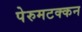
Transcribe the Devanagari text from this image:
पेरुमटक्कन